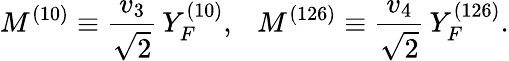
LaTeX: M^{(10)}\equiv\frac{v_{3}}{\sqrt{2}}\, Y_{F}^{(10)},~~~M^{(126)}\equiv\frac{v_{4}}{\sqrt{2}}\, Y_{F}^{(126)}.